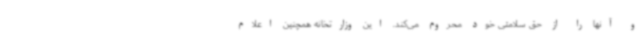
و آنها را از حق سلامتی خود محروم می‌کند. این وزارتخانه همچنین اعلام